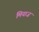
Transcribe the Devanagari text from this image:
मियाज़